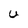
Character: U